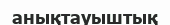
анықтауыштық